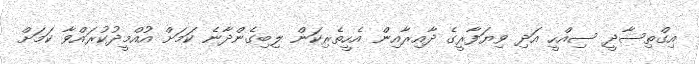
އިގްތިސާދީ ސިއްހީ އަދި ވިޔަފާރީގެ ދާއިރާއިން އެހީތެރިކަން ލިބިގެންދާނެ ކަމަށް އުއްމީދުކުރައްވާ ކަމަށް